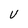
Character: U